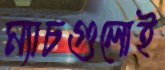
ম্যাচগুলোই